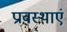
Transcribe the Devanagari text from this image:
प्रावस्थाएं